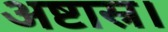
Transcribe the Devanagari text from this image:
अष्टास्र।